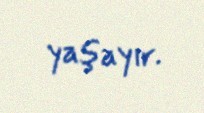
yaşayır.